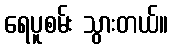
ရေပူစမ်း သွားတယ်။